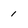
Character: 1